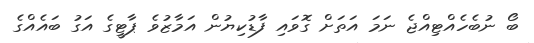
ބޯ ނުބެހެއްޓިއްޖެ ނަމަ އަތަށް ގޮވައި ފާޑުކިޔުން އަމާޒުވެ ޕާޓީގެ އަގު ބައެއްގެ